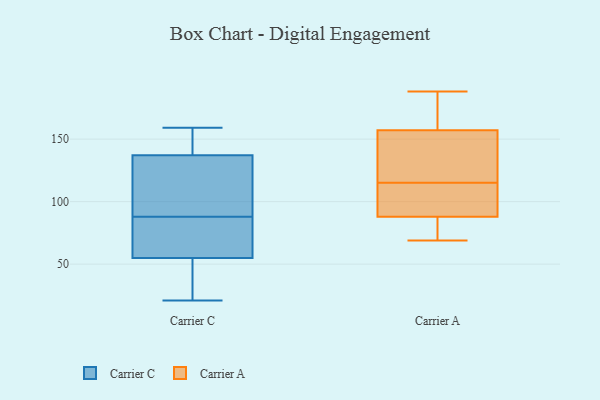
{"axis": {"x": "Temperature (°C)", "y": "Value"}, "legend": ["Carrier A", "Carrier C"], "data": [{"x": "", "y": 119, "type": "Carrier C"}, {"x": "", "y": 103, "type": "Carrier C"}, {"x": "", "y": 68, "type": "Carrier C"}, {"x": "", "y": 151, "type": "Carrier C"}, {"x": "", "y": 55, "type": "Carrier C"}, {"x": "", "y": 73, "type": "Carrier C"}, {"x": "", "y": 32, "type": "Carrier C"}, {"x": "", "y": 159, "type": "Carrier C"}, {"x": "", "y": 21, "type": "Carrier C"}, {"x": "", "y": 137, "type": "Carrier C"}, {"x": "", "y": 69, "type": "Carrier A"}, {"x": "", "y": 88, "type": "Carrier A"}, {"x": "", "y": 188, "type": "Carrier A"}, {"x": "", "y": 146, "type": "Carrier A"}, {"x": "", "y": 76, "type": "Carrier A"}, {"x": "", "y": 172, "type": "Carrier A"}, {"x": "", "y": 93, "type": "Carrier A"}, {"x": "", "y": 110, "type": "Carrier A"}, {"x": "", "y": 157, "type": "Carrier A"}, {"x": "", "y": 120, "type": "Carrier A"}]}